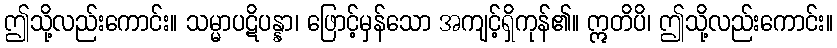
ဤသို့လည်းကောင်း။ သမ္မာပဋိပန္နာ၊ ဖြောင့်မှန်သော အကျင့်ရှိကုန်၏။ ဣတိပိ၊ ဤသို့လည်းကောင်း။